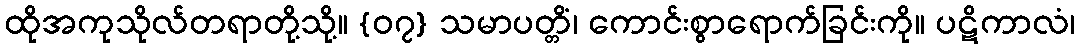
ထိုအကုသိုလ်တရာတို့သို့။ {၀၇} သမာပတ္တိံ၊ ကောင်းစွာရောက်ခြင်းကို။ ပဋိကာလံ၊